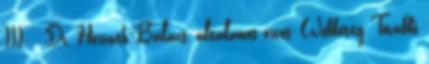
III. - Dr. Horváth Balázs, általános orvos; Webbeteg További